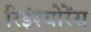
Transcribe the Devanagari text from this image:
रिइंश्योरेंस